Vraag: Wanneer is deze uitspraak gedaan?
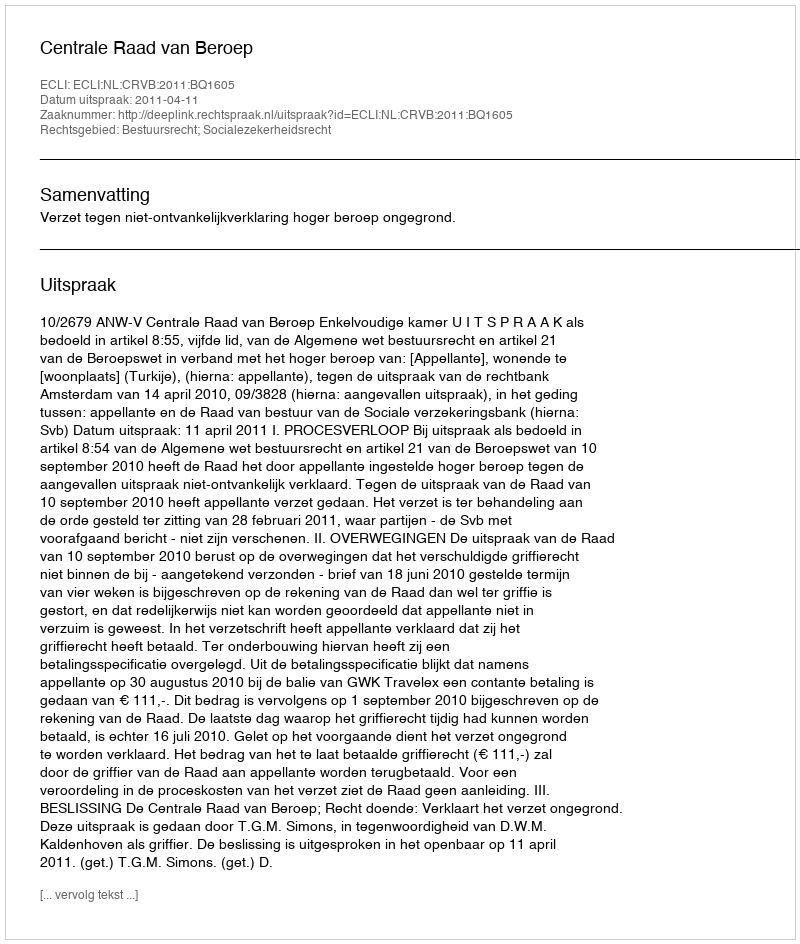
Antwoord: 2011-04-11